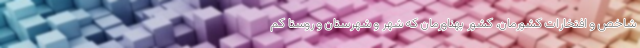
شاخص و افتخارات کشورمان، کشور پهناورمان که شهر و شهرستان و روستا کم